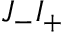
J _ { - } I _ { + }